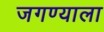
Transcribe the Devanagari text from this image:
जगण्याला